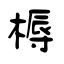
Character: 槈